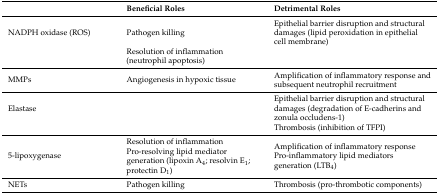
<table><thead><tr><td></td><td><b>Beneficial Roles</b></td><td><b>Detrimental Roles</b></td></tr></thead><tbody><tr><td>NADPH oxidase (ROS)</td><td>Pathogen killing</td><td>Epithelial barrier disruption and structural damages (lipid peroxidation in epithelial cell membrane)</td></tr><tr><td></td><td>Resolution of inflammation (neutrophil apoptosis)</td><td></td></tr><tr><td>MMPs</td><td>Angiogenesis in hypoxic tissue</td><td>Amplification of inflammatory response and subsequent neutrophil recruitment</td></tr><tr><td>Elastase</td><td></td><td>Epithelial barrier disruption and structural damages (degradation of E-cadherins and zonula occludens-1)</td></tr><tr><td></td><td></td><td>Thrombosis (inhibition of TFPI)</td></tr><tr><td>5-lipoxygenase</td><td>Resolution of inflammation Pro-resolving lipid mediator generation (lipoxin A<sub>4</sub>; resolvin E<sub>1</sub>; protectin D<sub>1</sub>)</td><td>Amplification of inflammatory response Pro-inflammatory lipid mediators generation (LTB<sub>4</sub>)</td></tr><tr><td>NETs</td><td>Pathogen killing</td><td>Thrombosis (pro-thrombotic components)</td></tr></tbody></table>